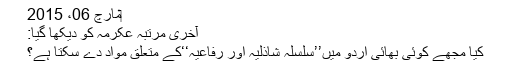
‏مارچ 06، 2015
آخری مرتبہ عکرمہ کو دیکھا گیا:
کیا مجھے کوئی بھائی اردو میں’’سلسلہ شاذلیہ اور رفاعیہ‘‘کے متعلق مواد دے سکتا ہے؟